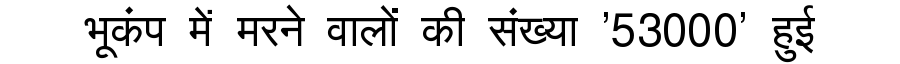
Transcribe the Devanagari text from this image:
भूकंप में मरने वालों की संख्या '53000' हुई